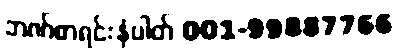
ဘဏ်စာရင်းနံပါတ် 001-99887766